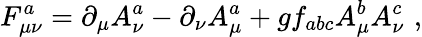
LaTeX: F_{\mu\nu}^{a}=\partial_{\mu}A_{\nu}^{a}-\partial_{\nu}A_{\mu}^{a}+gf_{abc}A_{\mu}^{b}A_{\nu}^{c}\, \, ,